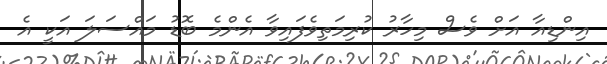
އިންޑިއާ އަށް ވެސް މިހާރު ކުރިމަތިވެފައިވާ އެންމެ ބޮޑު މައްސަލަ އަކީ އެ